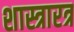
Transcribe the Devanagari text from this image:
शास्त्रारत्र